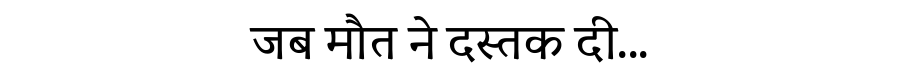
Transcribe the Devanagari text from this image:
जब मौत ने दस्तक दी...